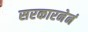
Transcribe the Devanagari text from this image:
सरकारनेनं